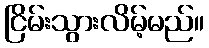
ငြိမ်းသွားလိမ့်မည်။